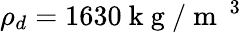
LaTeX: \rho_{d}=1630\mathrm{~k~g~}/{{\mathrm{~m~}}^{\mathrm{~3~}}}